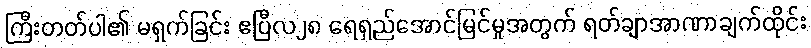
ကြီးတတ်ပါ၏ မရှက်ခြင်း ဧပြီလ၂၈ ရေရှည်အောင်မြင်မှုအတွက် ရတ်ချာအာဏာချက်ထိုင်း